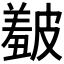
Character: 𥀞